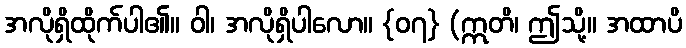
အလိုရှိထိုက်ပါ၏။ ဝါ၊ အလိုရှိပါလော။ {၀၇} (ဣတိ၊ ဤသို့။ အထာပိ